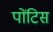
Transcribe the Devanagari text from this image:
पोंटिस